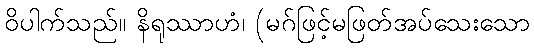
ဝိပါက်သည်။ နိရုဿာဟံ၊ (မဂ်ဖြင့်မဖြတ်အပ်သေးသော